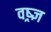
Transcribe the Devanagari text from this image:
वष्र्ज्ञ